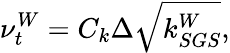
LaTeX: \nu_{t}^{W}=C_{k}\Delta\sqrt{k_{SGS}^{W}},